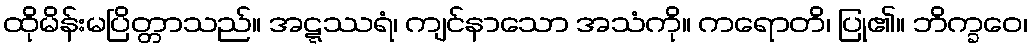
ထိုမိန်းမပြိတ္တာသည်။ အဋ္ဋဿရံ၊ ကျင်နာသော အသံကို။ ကရောတိ၊ ပြု၏။ ဘိက္ခဝေ၊